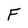
Character: F